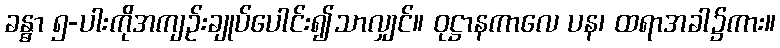
ခန္ဓာ ၅-ပါးကိုအကျဉ်းချုပ်ပေါင်း၍သာလျှင်။ ဝုဋ္ဌာနကာလေ ပန၊ ထရာအခါ၌ကား။